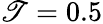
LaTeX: \mathscr{T}=0.5